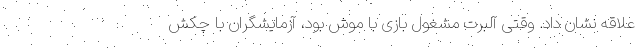
علاقه نشان داد. وقتی آلبرت مشغول بازی با موش بود، آزمایشگران با چکش